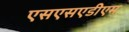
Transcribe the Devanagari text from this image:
एसएसएडीएम